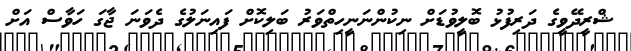
ޝްރީދޭވީގެ ދަރިފުޅު ބޮލީވުޑަށް ނިކުންނަނީހިތްވަރު ބަލިކޮށް ފައިނަލުގެ ދެވަނަ ޖާގަ ހަވާސް އަށް